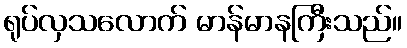
ရုပ်လှသလောက် မာန်မာနကြီးသည်။